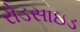
રોડસાઇડ